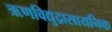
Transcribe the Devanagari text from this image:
ऋणविद्युद्रासायनिक